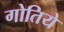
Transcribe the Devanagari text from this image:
गोतिये